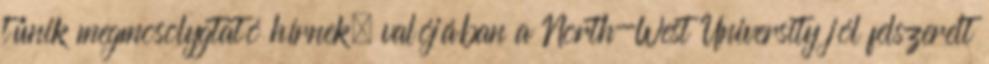
tűnik megmosolygtató hírnek, valójában a North-West University jól felszerelt